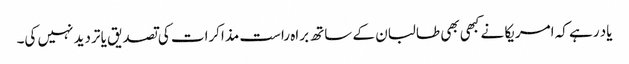
یاد رہے کہ امریکا نے کبھی بھی طالبان کے ساتھ براہ راست مذاکرات کی تصدیق یا تردید نہیں کی۔